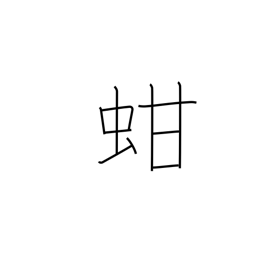
Meaning: ark shell